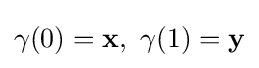
\gamma (0)=\mathbf {x} ,\,\,\gamma (1)=\mathbf {y}